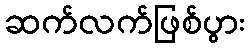
ဆက်လက်ဖြစ်ပွား